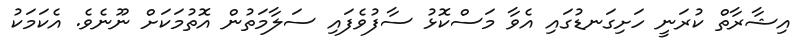
އިޝާރާތް ކުރަނީ ހަށިގަނޑުގައި އެވާ މަސްކޮޅު ސާފުވެފައި ސަލާމަތުން އޮތުމަކަށް ނޫނެވެ. އެކަމަކު